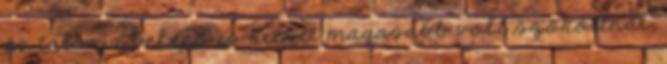
és talán a belépő is kicsit magasabb volt szokottnál,